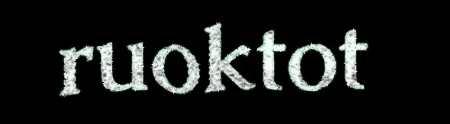
ruoktot